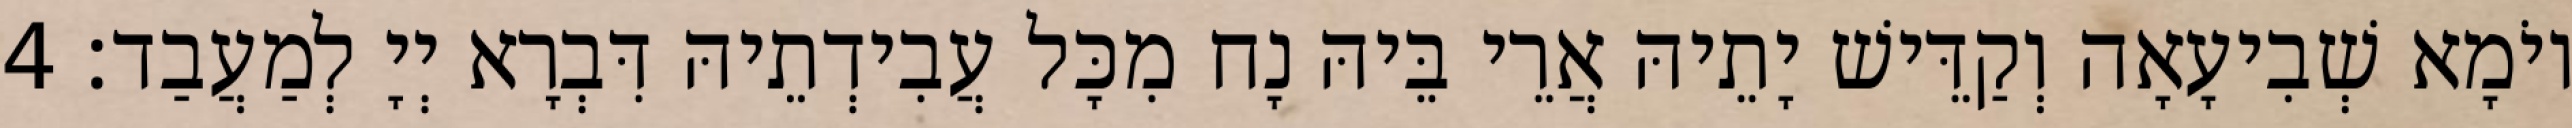
יוֹמָא שְׁבִיעָאָה וְקַדֵּישׁ יָתֵיהּ אֲרֵי בֵּיהּ נָח מִכָּל עֲבִידְתֵיהּ דִּבְרָא יְיָ לְמַעֲבַד׃ 4